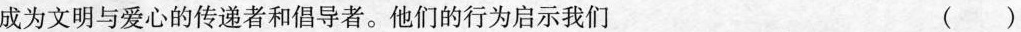
成为文明与爱心的传递者和倡导者。他们的行为启示我们 ( )